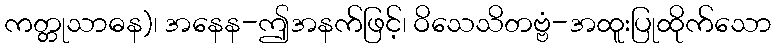
ကတ္တုသာဓန)၊ အနေန-ဤအနက်ဖြင့်၊ ဝိသေသိတဗ္ဗံ-အထူးပြုထိုက်သော